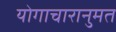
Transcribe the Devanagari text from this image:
योगाचारानुमत